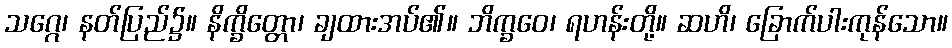
သဂ္ဂေ၊ နတ်ပြည်၌။ နိက္ခိတ္တော၊ ချထားအပ်၏။ ဘိက္ခဝေ၊ ရဟန်းတို့။ ဆဟိ၊ ခြောက်ပါးကုန်သော။